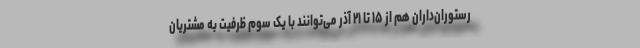
رستوران‌داران هم از ۱۵ تا ۲۱ آذر می‌توانند با یک سوم ظرفیت به مشتریان